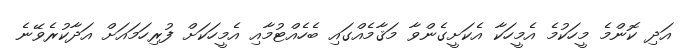
އަދި ކޮންމެ މީހަކުމެ އެމީހަކާ އެކަށީގެންވާ މަޤާމެއްގައި ބެހެއްޓުމާއި އެމީހަކަށް ފުރިހަމައަށް އަދާކުރެވޭނެ